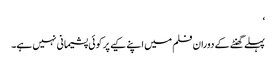
‘
پہلے گھنٹے کے دوران فلم میں اپنے کیے پر کوئی پشیمانی نہیں ہے۔